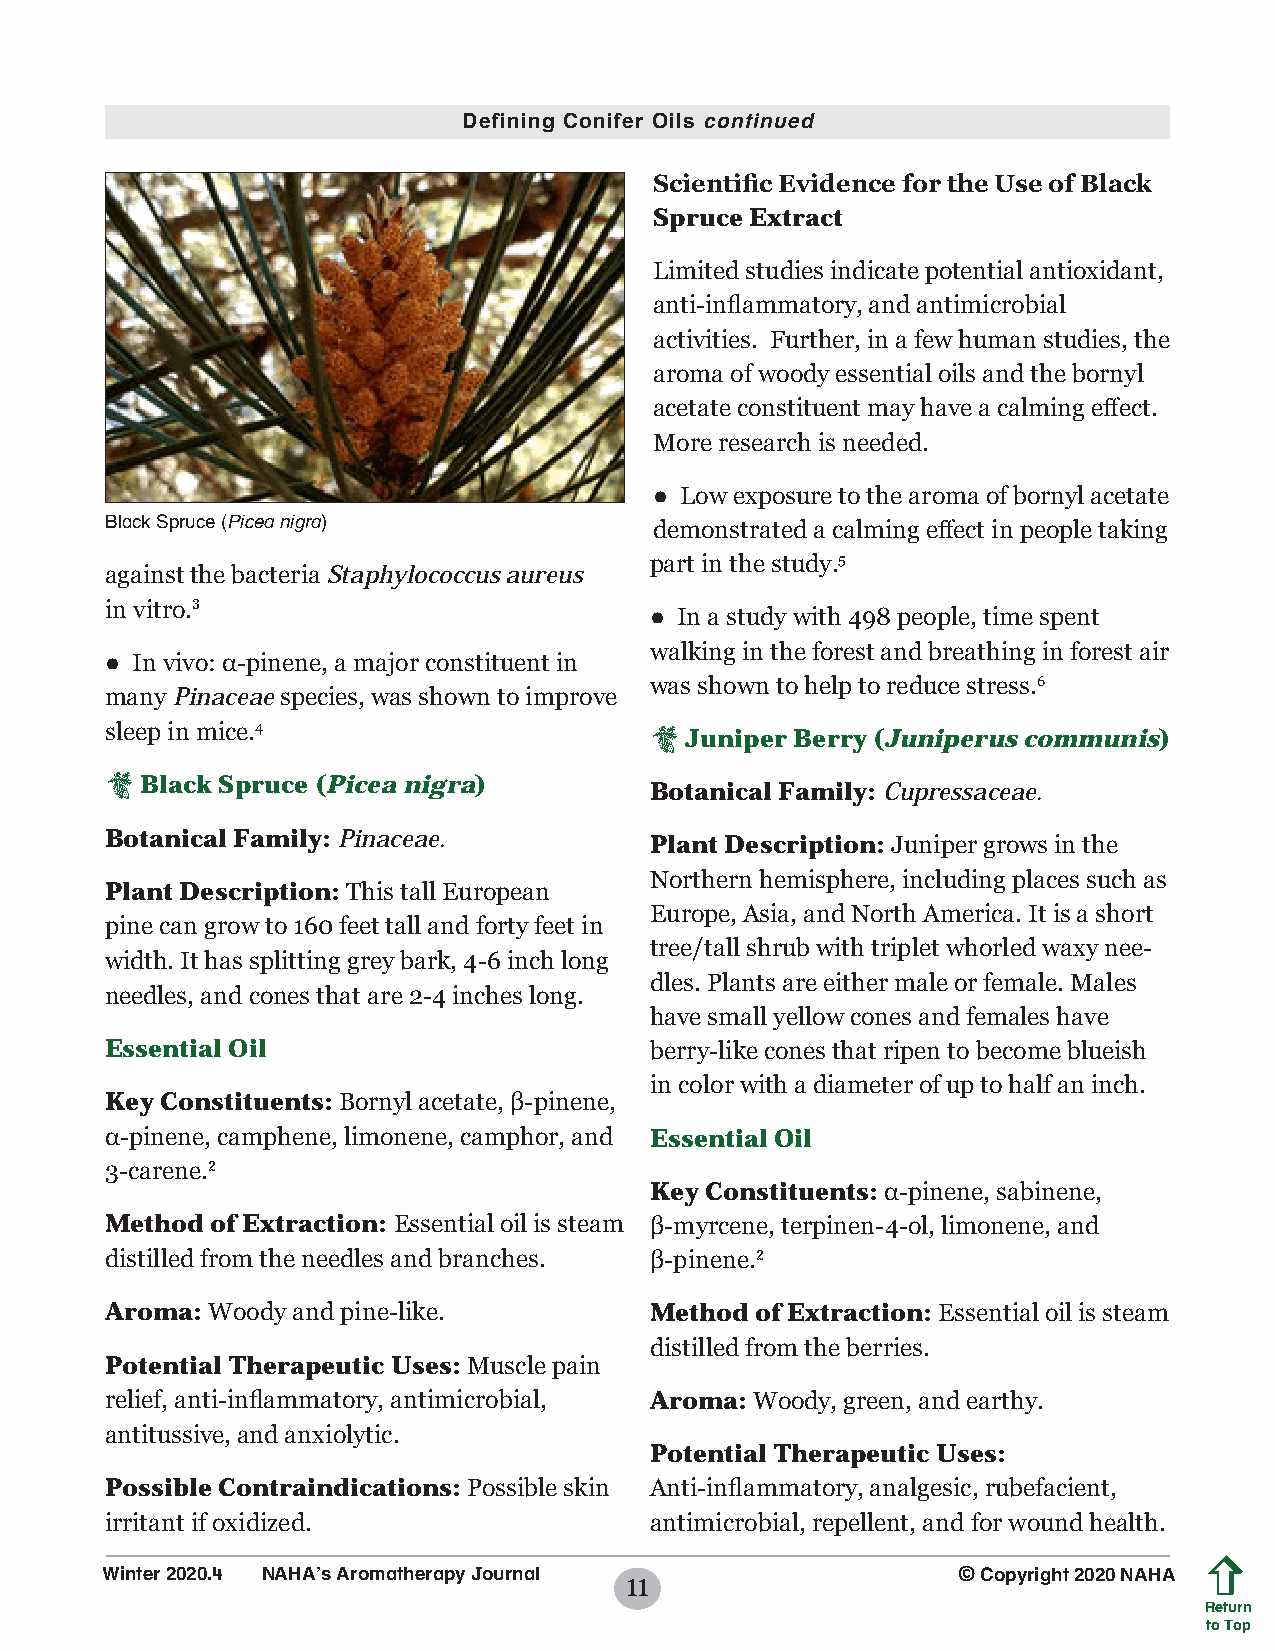
Defining Conifer Oils continued
 Scientific Evidence for the Use of Black
 Spruce Extract
 Limited studies indicate potential antioxidant,
 anti-inflammatory, and antimicrobial
 activities. Further, in a few human studies, the
 aroma of woody essential oils and the bornyl
 acetate constituent may have a calming effect.
 More research is needed.
 ● Low exposure to the aroma of bornyl acetate
 Black Spruce (Picea nigra)
 demonstrated a calming effect in people taking
 part in the study.5
 against the bacteria Staphylococcus aureus
 in vitro.3
 ● In a study with 498 people, time spent
 walking in the forest and breathing in forest air
 ● In vivo: α-pinene, a major constituent in
 was shown to help to reduce stress.6
 many Pinaceae species, was shown to improve
 sleep in mice.4                      Juniper Berry (Juniperus communis)
  Black Spruce (Picea nigra)
 Botanical Family: Cupressaceae.
 Botanical Family: Pinaceae.
 Plant Description: Juniper grows in the
 Northern hemisphere, including places such as
 Plant Description: This tall European
 Europe, Asia, and North America. It is a short
 pine can grow to 160 feet tall and forty feet in
 tree/tall shrub with triplet whorled waxy nee-
 width. It has splitting grey bark, 4-6 inch long
 dles. Plants are either male or female. Males
 needles, and cones that are 2-4 inches long.
 have small yellow cones and females have
 Essential Oil                       berry-like cones that ripen to become blueish
 in color with a diameter of up to half an inch.
 Key Constituents: Bornyl acetate, β-pinene,
 α-pinene, camphene, limonene, camphor, and Essential Oil
 3-carene.2
 Key Constituents: α-pinene, sabinene,
 Method of Extraction: Essential oil is steam β-myrcene, terpinen-4-ol, limonene, and
 distilled from the needles and branches. β-pinene.2
 Aroma: Woody and pine-like.         Method of Extraction: Essential oil is steam
 distilled from the berries.
 Potential Therapeutic Uses: Muscle pain
 relief, anti-inflammatory, antimicrobial, Aroma: Woody, green, and earthy.
 antitussive, and anxiolytic.
 Potential Therapeutic Uses:
 Possible Contraindications: Possible skin Anti-inflammatory, analgesic, rubefacient,
 irritant if oxidized.               antimicrobial, repellent, and for wound health.
 Winter 2020.4 NAHA’s Aromatherapy Journal               © Copyright 2020 NAHA
 11
 Return
 to Top
 